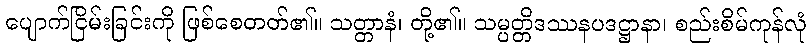
ပျောက်ငြိမ်းခြင်းကို ဖြစ်စေတတ်၏။ သတ္တာနံ၊ တို့၏။ သမ္ပတ္တိဒဿနပဒဋ္ဌာနာ၊ စည်းစိမ်ကုန်လုံ